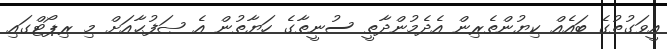
އީވަގުތުގެ ބައެއް ކިޔުންތެރިން އެދެމުންދާތީ ސުނީތާގެ ހަޔާތުން އެ ޞަފުޙާއަށް މި ރިޕޯޓްގައި